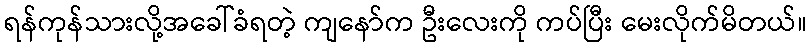
ရန်ကုန်သားလို့အခေါ်ခံရတဲ့ ကျနော်က ဦးလေးကို ကပ်ပြီး မေးလိုက်မိတယ်။